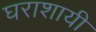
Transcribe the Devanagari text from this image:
घराशायी